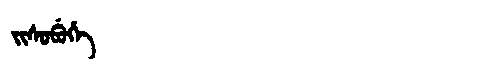
Manchu: ᠵᡳᠰᡠᠪᡠᡥᡝ
Romanization: JISUBUHE